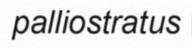
palliostratus